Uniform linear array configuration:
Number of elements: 64
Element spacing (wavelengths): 0.5
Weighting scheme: hann
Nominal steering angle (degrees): -60
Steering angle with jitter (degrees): -60.112
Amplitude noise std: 0.05
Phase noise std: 0.05

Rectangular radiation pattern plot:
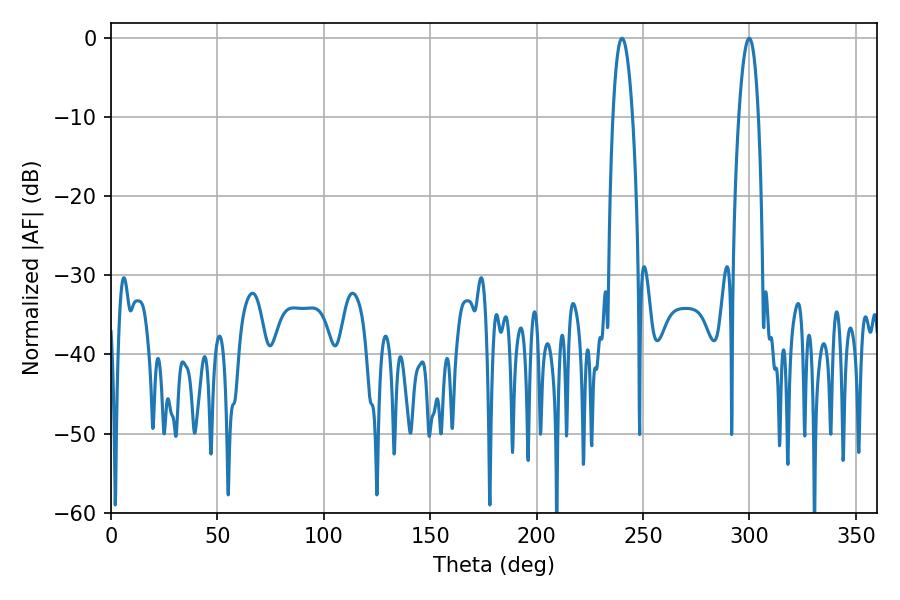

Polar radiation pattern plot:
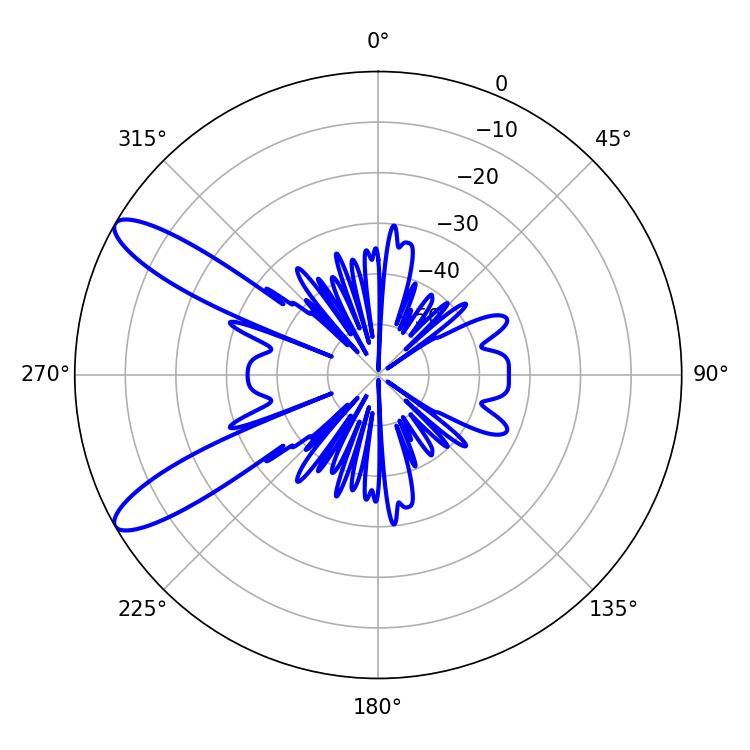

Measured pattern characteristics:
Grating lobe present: FALSE
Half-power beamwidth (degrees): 5.22
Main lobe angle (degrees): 240.12